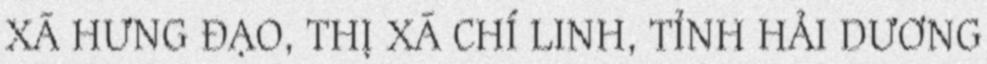
XÃ HƯNG ĐẠO, THỊ XÃ CHÍ LINH, TỈNH HẢI DƯƠNG